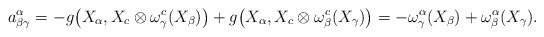
\begin{align*}a_{\beta \gamma}^{\alpha} &= -g\big{(} X_{\alpha}, X_{c} \otimes \omega_{\gamma}^{c}(X_{\beta}) \big{)}+g\big{(} X_{\alpha}, X_{c} \otimes \omega_{\beta}^{c} (X_{\gamma}) \big{)}=- \omega_{\gamma}^{\alpha}(X_{\beta})+ \omega_{\beta}^{\alpha}(X_{\gamma}). \end{align*}